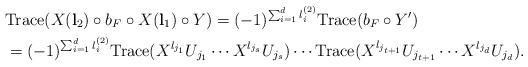
LaTeX: \begin{align*}&\mbox{Trace}(X(\mathbf{l}_{2}) \circ b_F \circ X(\mathbf{l}_{1})\circ Y)=(-1)^{\sum_{i=1}^{d}l_i^{(2)}}\mbox{Trace}(b_F \circ Y')\\&=(-1)^{\sum_{i=1}^{d}l_i^{(2)}}\mbox{Trace}(X^{l_{j_{1}}}U_{j_{1}} \cdots X^{l_{j_{s}}} U_{j_{s}})\cdots\mbox{Trace}(X^{l_{j_{t+1}}}U_{j_{t+1}} \cdots X^{l_{j_{d}}}U_{j_{d}}).\end{align*}